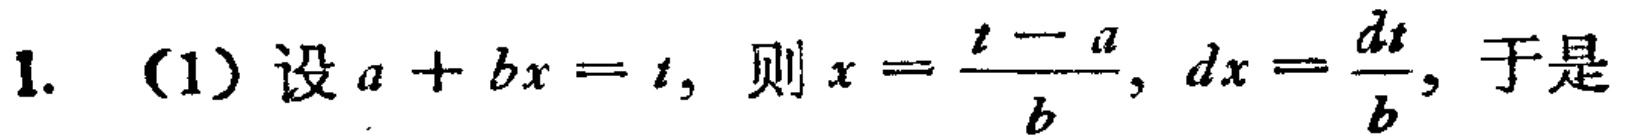
1. (1) 设 \(a + bx = t\)，则 \(x = \frac{t - a}{b}\)，\(dx=\frac{dt}{b}\)，于是